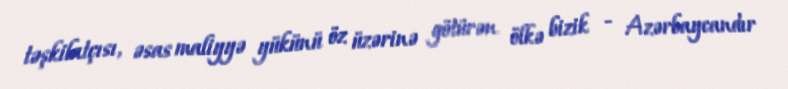
təşkilatçısı, əsas maliyyə yükünü öz üzərinə götürən ölkə bizik - Azərbaycandır